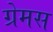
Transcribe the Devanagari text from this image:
ग्रेमस